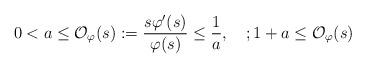
LaTeX: \begin{align*}0<a\leq \mathcal O_\varphi(s):=\frac{s\varphi'(s)}{\varphi(s)}\leq\frac1a, \quad; 1+a\leq \mathcal O_\varphi(s) \quad \end{align*}